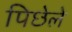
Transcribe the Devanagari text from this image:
पिछेले